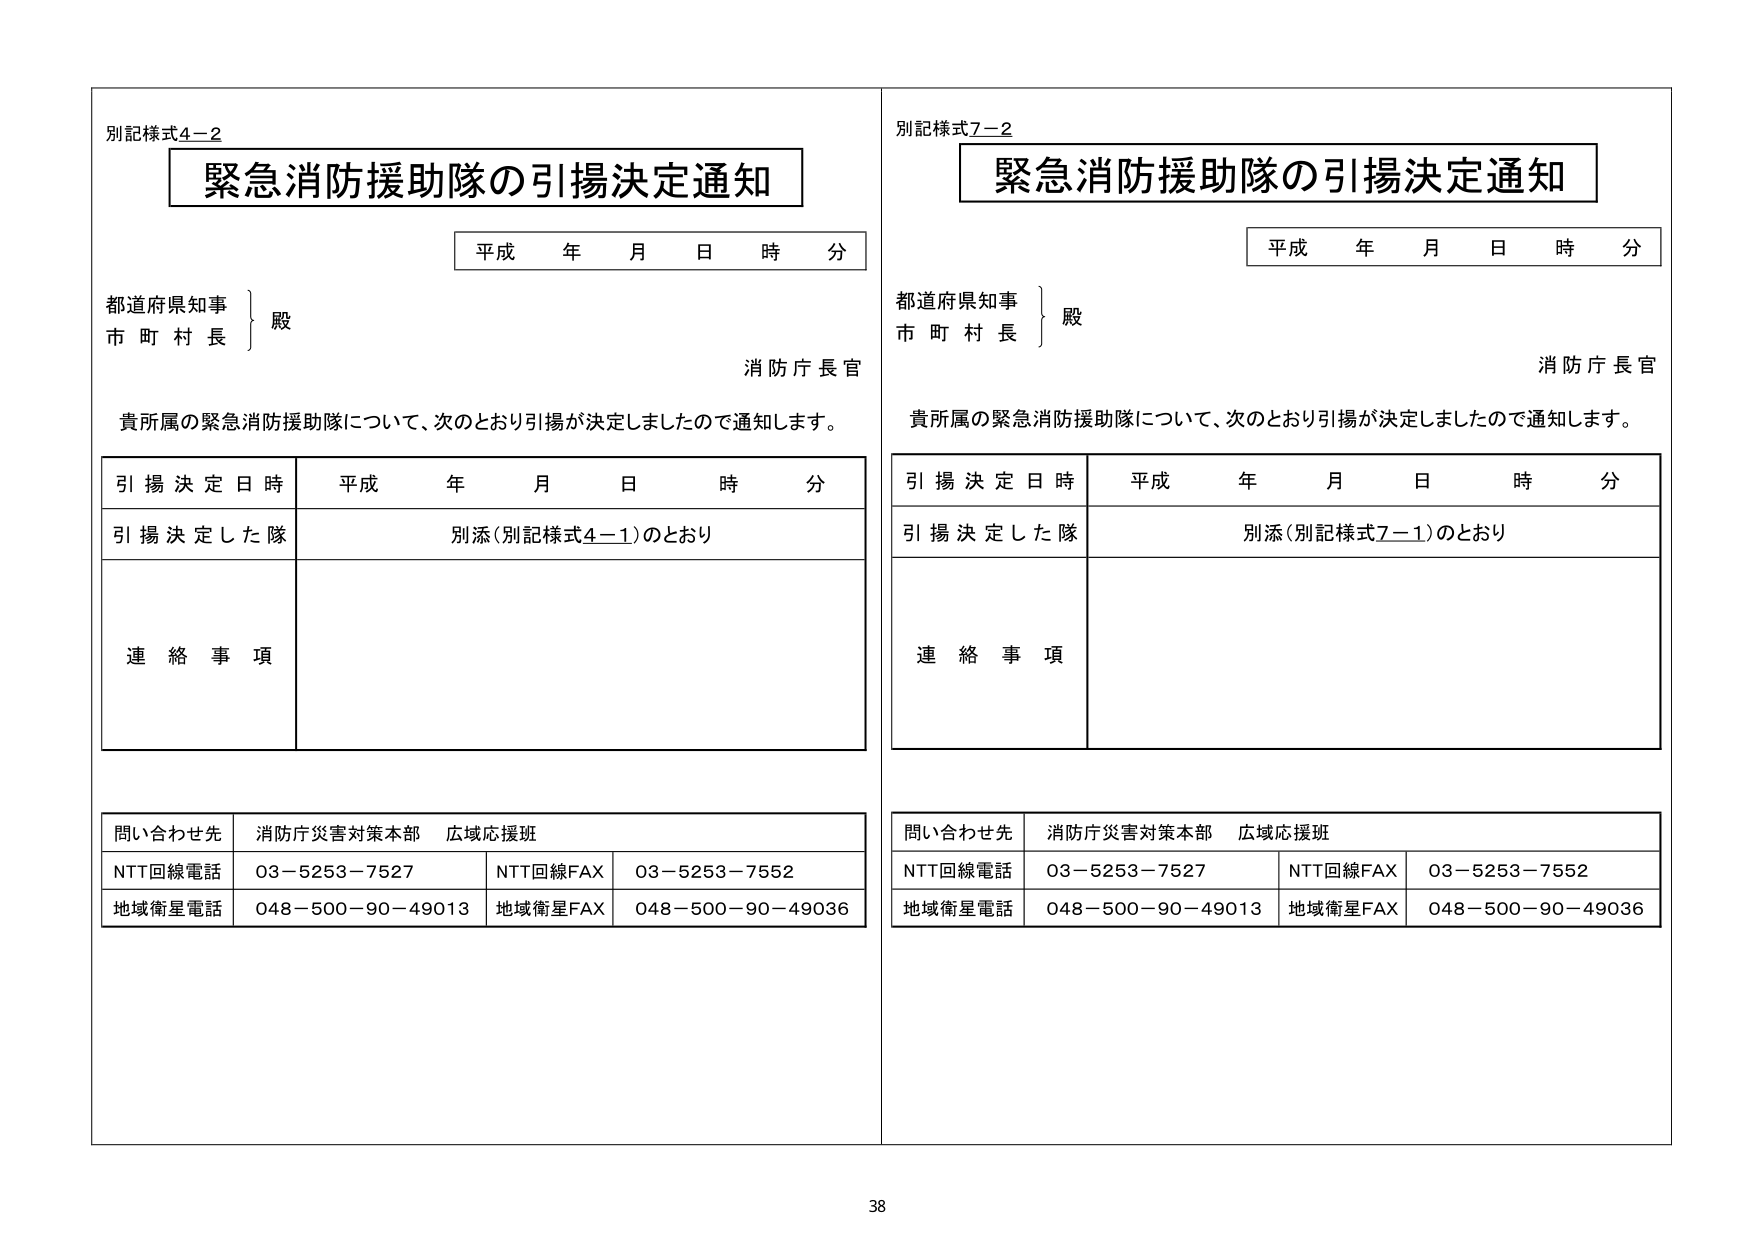
別記様式4－2
緊急消防援助隊の引揚決定通知
平成 年 月 日 時 分
都道府県知事
市 町 村 長
殿
消防庁長官
貴所属の緊急消防援助隊について、次のとおり引揚が決定しましたので通知します。
引揚決定日時 平成 年 月 日 時 分
引揚決定した隊 別添（別記様式4－1）のとおり
連絡事項
問い合わせ先 消防庁災害対策本部 広域応援班
NTT回線電話 03－5253－7527 NTT回線FAX 03－5253－7552
地域衛星電話 048－500－90－49013 地域衛星FAX 048－500－90－49036

別記様式7－2
緊急消防援助隊の引揚決定通知
平成 年 月 日 時 分
都道府県知事
市 町 村 長
殿
消防庁長官
貴所属の緊急消防援助隊について、次のとおり引揚が決定しましたので通知します。
引揚決定日時 平成 年 月 日 時 分
引揚決定した隊 別添（別記様式7－1）のとおり
連絡事項
問い合わせ先 消防庁災害対策本部 広域応援班
NTT回線電話 03－5253－7527 NTT回線FAX 03－5253－7552
地域衛星電話 048－500－90－49013 地域衛星FAX 048－500－90－49036

38